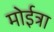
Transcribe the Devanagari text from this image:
मोईत्रा